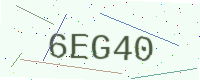
Text: 6EG40